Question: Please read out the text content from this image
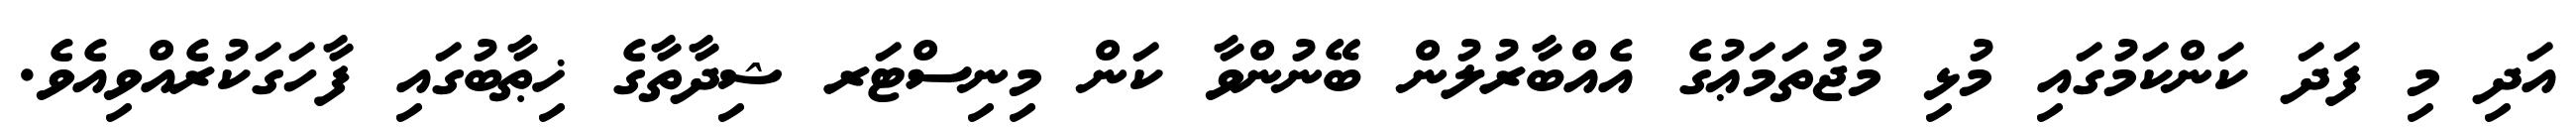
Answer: އަދި މި ފަދަ ކަންކަމުގައި މުޅި މުޖުތަމަޢުގެ އެއްބާރުލުން ބޭނުންވާ ކަން މިނިސްޓަރ ޝިދާތާގެ ޚިޠާބުގައި ފާހަގަކުރެއްވިއެވެ.